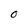
Character: 0